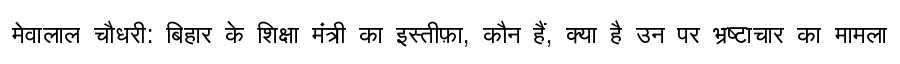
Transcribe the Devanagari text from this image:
मेवालाल चौधरी: बिहार के शिक्षा मंत्री का इस्तीफ़ा, कौन हैं, क्या है उन पर भ्रष्टाचार का मामला